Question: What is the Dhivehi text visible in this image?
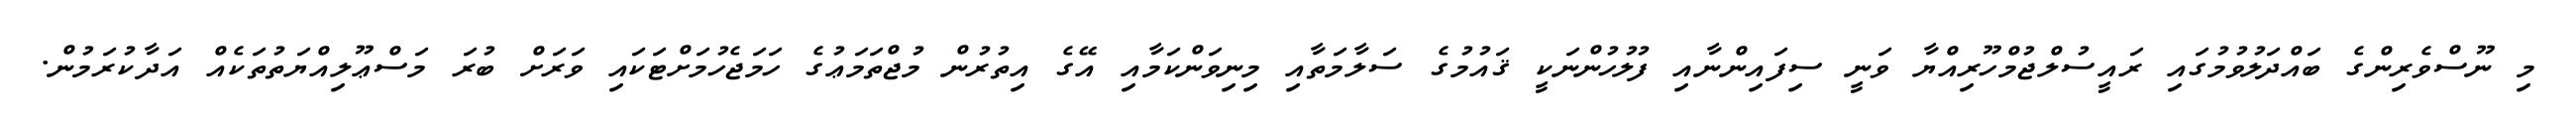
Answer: މި ނޫސްވެރިންގެ ބައްދަލުވުމުގައި ރައީސުލްޖުމްހޫރިއްޔާ ވަނީ ސިފައިންނާއި ފުލުހުންނަކީ ޤައުމުގެ ސަލާމަތާއި މިނިވަންކަމާއި އޭގެ އިތުރުން މުޖްތަމަޢުގެ ހަމަޖެހުމަށްޓަކައި ވަރަށް ބުރަ މަސްޢޫލިއްޔަތުތަކެއް އަދާކުރަމުން.